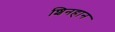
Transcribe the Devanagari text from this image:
शिनहान